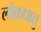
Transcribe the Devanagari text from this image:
लोकधातु